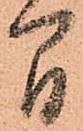
間